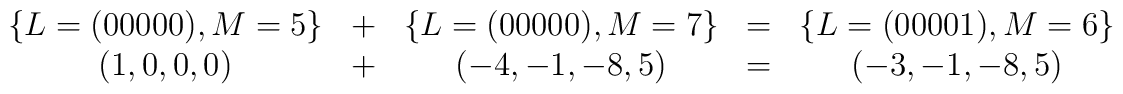
\begin{array}{ccccc}\{ L=(00000), M=5 \} &+& \{ L=(00000), M=7 \} &=& \{L=(00001), M=6\} \nonumber \\(1, 0, 0, 0) &+& (-4, -1, -8, 5) &=& (-3, -1, -8, 5)\end{array}